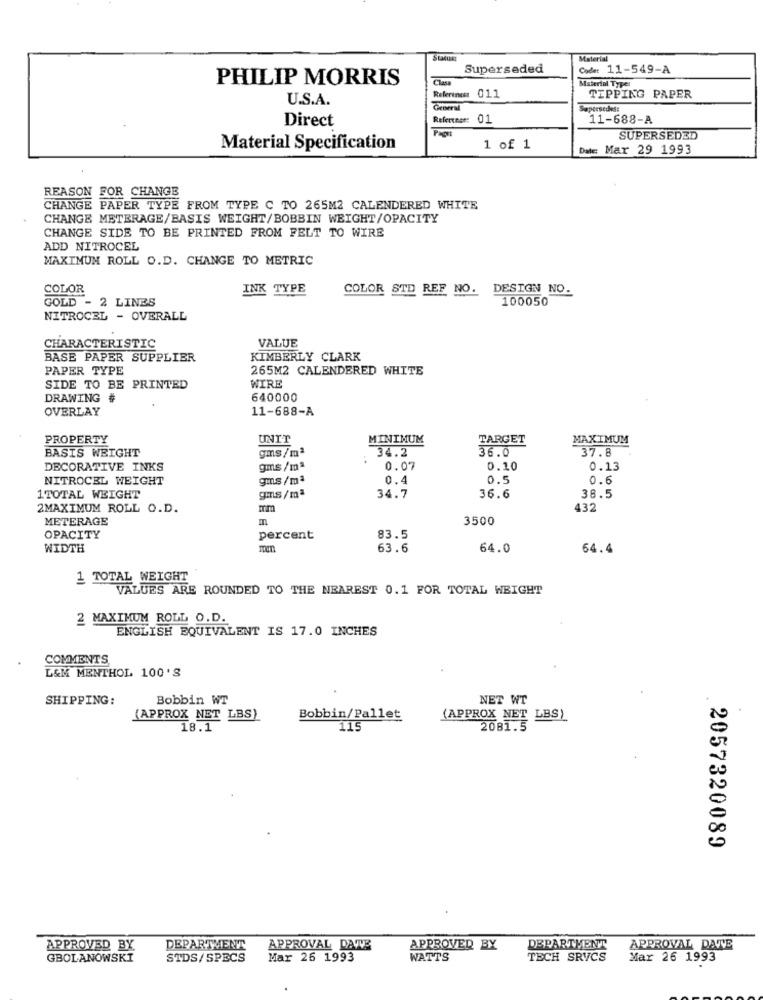
Material
Superseded
: 11-549-A
PHILIP MORRIS
Class
Material Type:
Referencer 011
U.S.A.
TIPPING PAPER
General
Supersedes:
Direct
Reference: 01
11-688-A
SUPERSEDED
Material Specification
1 of 1
Date: Mar 29 1993
REASON FOR CHANGE
CHANGE PAPER TYPE FROM TYPE C TO 265M2 CALENDERED WHITE
CHANGE METERAGE/BASIS WEIGHT/BOBBIN WEIGHT/OPACITY
CHANGE SIDE TO BE PRINTED FROM FELT TO WIRE
ADD NITROCEL
MAXIMUM ROLL O.D. CHANGE TO METRIC
COLOR
INK TYPE
COLOR STD REF NO. DESIGN NO.
GOLD - 2 LINES
100050
NITROCEL - OVERALL
VALUE
CHARACTERISTIC
BASE PAPER SUPPLIER
KIMBERLY CLARK
PAPER TYPE
265M2 CALENDERED WHITE
WIRE
SIDE TO BE PRINTED
DRAWING #
640000
OVERLAY
11-688-A
PROPERTY
UNIT
MINIMUM
TARGET
MAXIMUM
BASIS WEIGHT
gms/mª
34.2
36.0
37.8
DECORATIVE INKS
gms/mª
0.07
0.10
0.13
NITROCEL WEIGHT
gms/mª
0.4
0.5
0.6
gms/mª
1TOTAL WEIGHT
34.7
36.6
38.5
2MAXIMUM ROLL O.D.
Im
432
METERAGE
3500
OPACITY
percent
83.5
WIDTH
63.6
64.0
64.4
1 TOTAL WEIGHT
VALUES ARE ROUNDED TO THE NEAREST 0.1 FOR TOTAL WEIGHT
2 MAXIMUM ROLL O.D.
ENGLISH EQUIVALENT IS 17.0 INCHES
COMMENTS
L&M MENTHOL 100'S
SHIPPING:
Bobbin WT
NET WT
(APPROX NET LBS)
Bobbin/Pallet
(APPROX NET LBS)
18.1
115
2081.5
2057320089
APPROVED BY
DEPARTMENT
APPROVAL DAVYE
APPROVED BY
DEPARTMENT
APPROVAL DATE
GBOLANOWSKI
STDS/SPECS
Mar 26 1993
WATTS
TECH SRVCS
Mar 26 1993